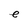
Character: e